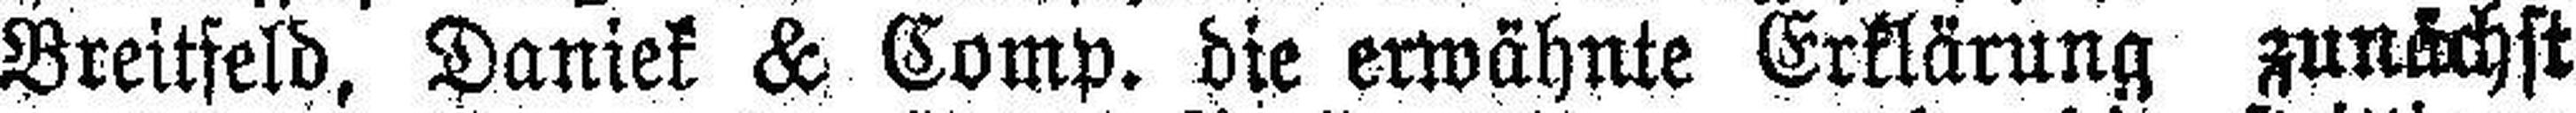
Breitfeld, Daniek & Comp. die erwähnte Erklärung zunächst